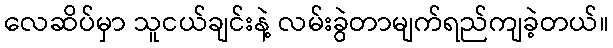
လေဆိပ်မှာ သူငယ်ချင်းနဲ့ လမ်းခွဲတာမျက်ရည်ကျခဲ့တယ်။